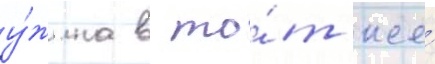
у́жина в то́т же́